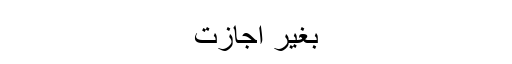
بغیر اجازت